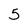
Character: 5